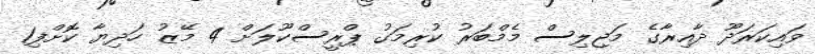
ވައިކަރަދޫ ދާއިރާގެ މަޖިލިސް މެމްބަރު ކުރިމަގު ޕްރީސްކޫލަށް 4 މޭޒު ހަދިޔާ ކޮށްފި1